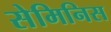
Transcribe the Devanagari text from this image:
सेमिनिस